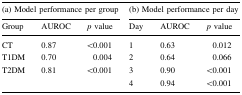
<table><thead><tr><td colspan="3"><b>(a) Model performance per group</b></td><td colspan="3"><b>(b) Model performance per day</b></td></tr><tr><td><b>Group</b></td><td><b>AUROC</b></td><td><b><i>p</i> value</b></td><td><b>Day</b></td><td><b>AUROC</b></td><td><b><i>p</i> value</b></td></tr></thead><tbody><tr><td>CT</td><td>0.87</td><td>&lt;0.001</td><td>1</td><td>0.63</td><td>0.012</td></tr><tr><td>T1DM</td><td>0.70</td><td>0.004</td><td>2</td><td>0.64</td><td>0.066</td></tr><tr><td>T2DM</td><td>0.81</td><td>&lt;0.001</td><td>3</td><td>0.90</td><td>&lt;0.001</td></tr><tr><td colspan="3"></td><td>4</td><td>0.94</td><td>&lt;0.001</td></tr></tbody></table>